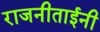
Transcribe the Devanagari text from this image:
राजनीताईनी